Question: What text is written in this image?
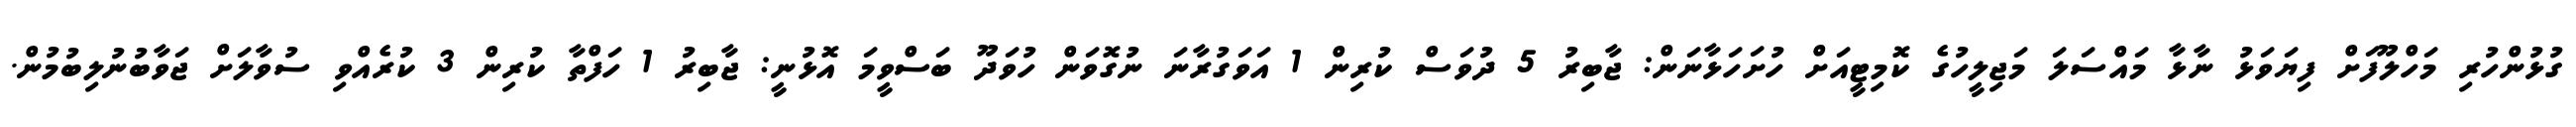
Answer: ގުޅުންހުރި މަހްލޫފަށް ފިޔަވަޅު ނާޅާ މައްސަލަ މަޖިލީހުގެ ކޮމިޓީއަށް ހުށަހަޅާނަން: ޖާބިރު 5 ދުވަސް ކުރިން 1 އަވަގުރާނަ ނުގޮވަން ހުވަދޫ ބަސްވީމަ އޮޅުނީ: ޖާބިރު 1 ހަފްތާ ކުރިން 3 ކުރެއްވި ސުވާލަށް ޖަވާބުނުލިބުމުން.